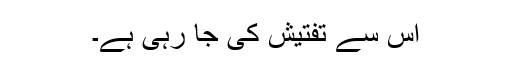
اس سے تفتیش کی جا رہی ہے۔